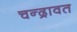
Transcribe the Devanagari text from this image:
चन्द्रावत